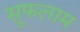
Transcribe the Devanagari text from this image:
सूफलाम